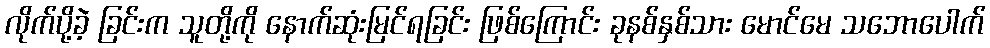
လိုက်ပို့ခဲ့ ခြင်းက သူတို့ကို နောက်ဆုံးမြင်ရခြင်း ဖြစ်ကြောင်း ခုနစ်နှစ်သား မောင်မေ သဘောပေါက်